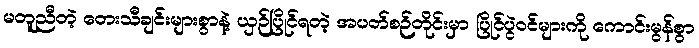
မတူညီတဲ့ တေးသီချင်းများစွာနဲ့ ယှဉ်ပြိုင်ရတဲ့ အပတ်စဉ်တိုင်းမှာ ပြိုင်ပွဲဝင်များကို ကောင်းမွန်စွာ